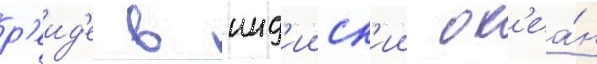
р'еид'е в инд'ииск'ии ок'еа́н